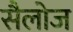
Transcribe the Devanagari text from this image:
सैलोज